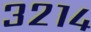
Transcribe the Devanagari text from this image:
३२१४